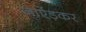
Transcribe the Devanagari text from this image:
जाऐंड़कर